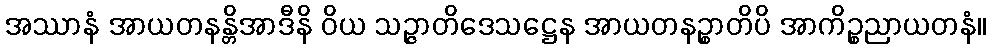
အဿာနံ အာယတနန္တိအာဒီနိ ဝိယ သဉ္ဇာတိဒေသဋ္ဌေန အာယတနဉ္စာတိပိ အာကိဉ္စညာယတနံ။